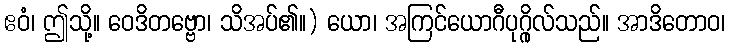
ဧဝံ၊ ဤသို့။ ဝေဒိတဗ္ဗော၊ သိအပ်၏။) ယော၊ အကြင်ယောဂီပုဂ္ဂိုလ်သည်။ အာဒိတောဝ၊